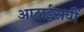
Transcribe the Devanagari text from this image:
आठाईसवीं